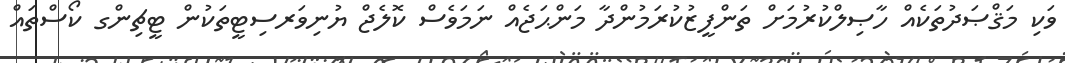
ވަކި މަޤްޞަދުތަކެއް ހާޞިލްކުރުމަށް ތަންފީޒުކުރަމުންދާ މަންޙަޖެއް ނަމަވެސް ކޮލެޖް ޔުނިވަރސިޓީތަކުން ޓީޗިންގ ކޯސްތައް